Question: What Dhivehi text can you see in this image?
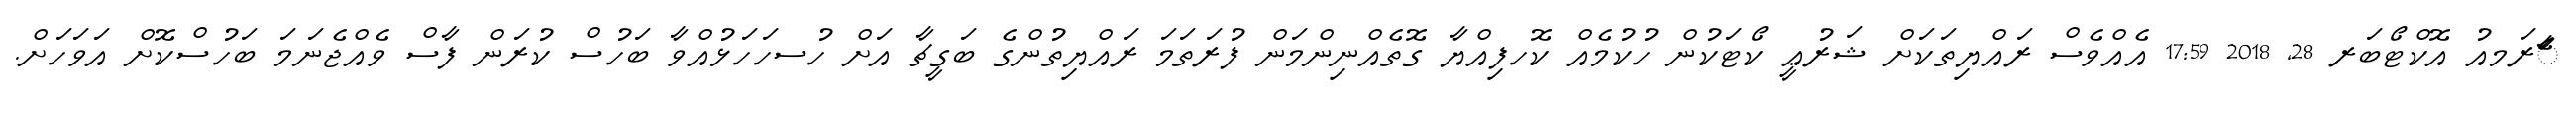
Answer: ާަެރަމއު އޮކްޓޯބަރ 28, 2018 17:59 އެއްވެސް ރައްޔިތަކަށް ޝަރުޢީ ކޯޓަކުން ހުކުމެއް ކޮހފިއްޔާ ގޮތެއްނިންމަން ފުރަތަމަ ރައްޔިތުންގެ ބަގީޗާ އަށް ހުސހަހަޅުއްވާ ބަހުސް ކުރަން ފާސް ވެއްޖެނަމަ ބަހުސްކޮށް އަވަހަށް.